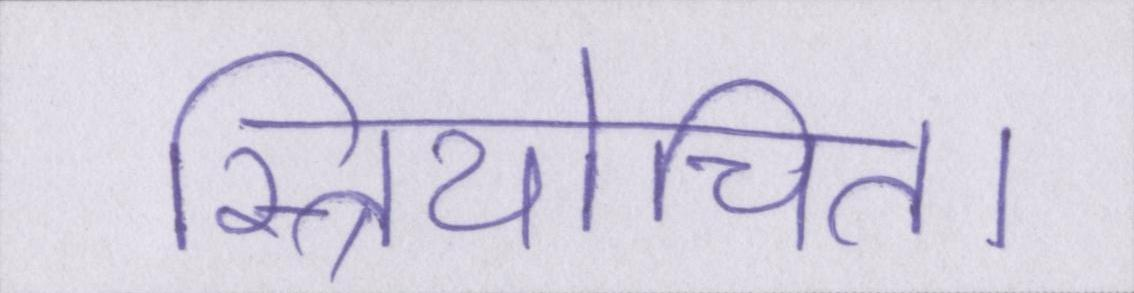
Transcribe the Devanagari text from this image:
स्त्रियोचित।